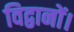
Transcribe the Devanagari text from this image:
विद्वानों।